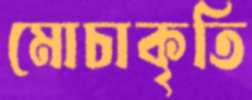
মোচাকৃতি